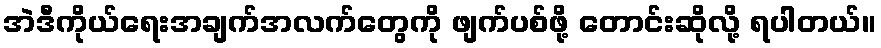
အဲဒီကိုယ်ရေးအချက်အလက်တွေကို ဖျက်ပစ်ဖို့ တောင်းဆိုလို့ ရပါတယ်။